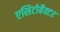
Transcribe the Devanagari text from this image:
एसिटोबैक्टर